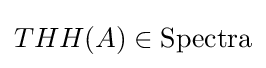
THH(A)\in {\text{Spectra}}